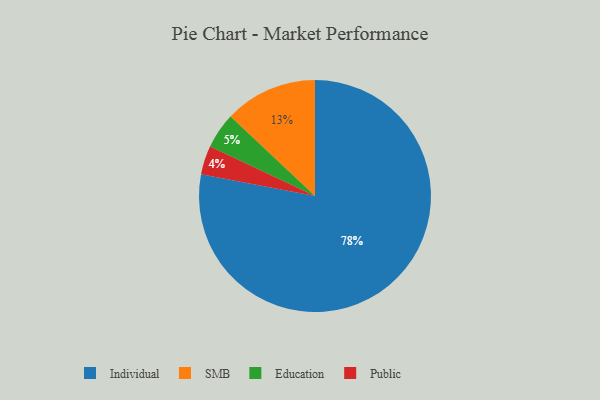
{"axis": {"x": "Category", "y": "Percentage"}, "legend": ["Education", "Individual", "Public", "SMB"], "data": [{"x": "SMB", "y": 13, "type": "SMB"}, {"x": "Education", "y": 5, "type": "Education"}, {"x": "Individual", "y": 78, "type": "Individual"}, {"x": "Public", "y": 4, "type": "Public"}]}